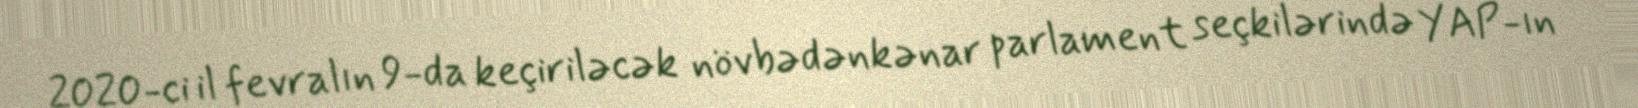
2020-ci il fevralın 9-da keçiriləcək növbədənkənar parlament seçkilərində YAP-ın